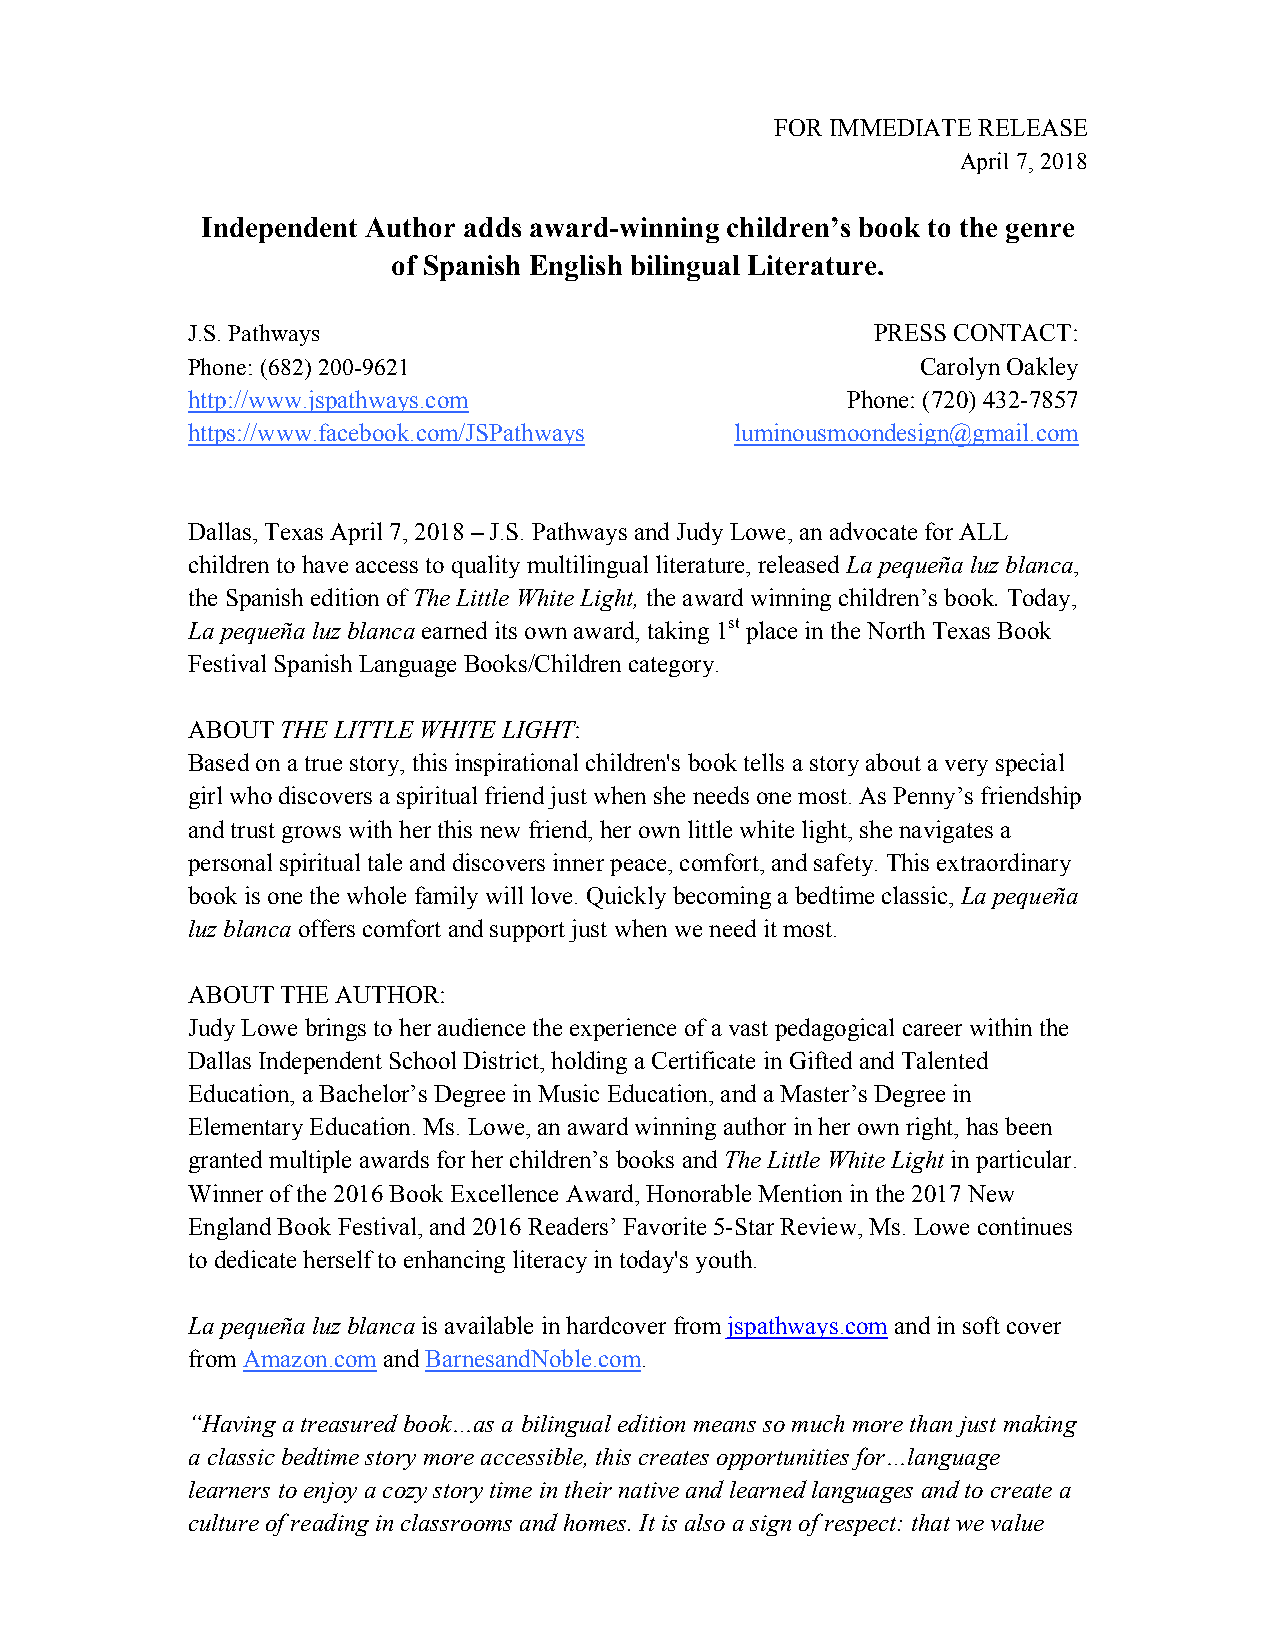
FOR IMMEDIATE RELEASE
 April 7, 2018
 Independent Author adds award-winning children’s book to the genre
 of Spanish English bilingual Literature.
 J.S. Pathways                                 PRESS CONTACT:
 Phone: (682) 200-9621                            Carolyn Oakley
 http://www.jspathways.com                   Phone: (720) 432-7857
 https://www.facebook.com/JSPathways  luminousmoondesign@gmail.com
 Dallas, Texas April 7, 2018 – J.S. Pathways and Judy Lowe, an advocate for ALL
 children to have access to quality multilingual literature, released La pequeña luz blanca,
 the Spanish edition of The Little White Light, the award winning children’s book. Today,
 La pequeña luz blanca earned its own award, taking 1st place in the North Texas Book
 Festival Spanish Language Books/Children category.
 ABOUT  THE LITTLE WHITE LIGHT:
 Based on a true story, this inspirational children's book tells a story about a very special
 girl who discovers a spiritual friend just when she needs one most. As Penny’s friendship
 and trust grows with her this new friend, her own little white light, she navigates a
 personal spiritual tale and discovers inner peace, comfort, and safety. This extraordinary
 book is one the whole family will love. Quickly becoming a bedtime classic, La pequeña
 luz blanca offers comfort and support just when we need it most.
 ABOUT  THE AUTHOR:
 Judy Lowe brings to her audience the experience of a vast pedagogical career within the
 Dallas Independent School District, holding a Certificate in Gifted and Talented
 Education, a Bachelor’s Degree in Music Education, and a Master’s Degree in
 Elementary Education. Ms. Lowe, an award winning author in her own right, has been
 granted multiple awards for her children’s books and The Little White Light in particular.
 Winner of the 2016 Book Excellence Award, Honorable Mention in the 2017 New
 England Book Festival, and 2016 Readers’ Favorite 5-Star Review, Ms. Lowe continues
 to dedicate herself to enhancing literacy in today's youth.
 La pequeña luz blanca is available in hardcover from jspathways.com and in soft cover
 from Amazon.com and BarnesandNoble.com.
 “Having a treasured book…as a bilingual edition means so much more than just making
 a classic bedtime story more accessible, this creates opportunities for…language
 learners to enjoy a cozy story time in their native and learned languages and to create a
 culture of reading in classrooms and homes. It is also a sign of respect: that we value